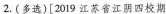
2.(多选)[2019江苏省江阴四校期